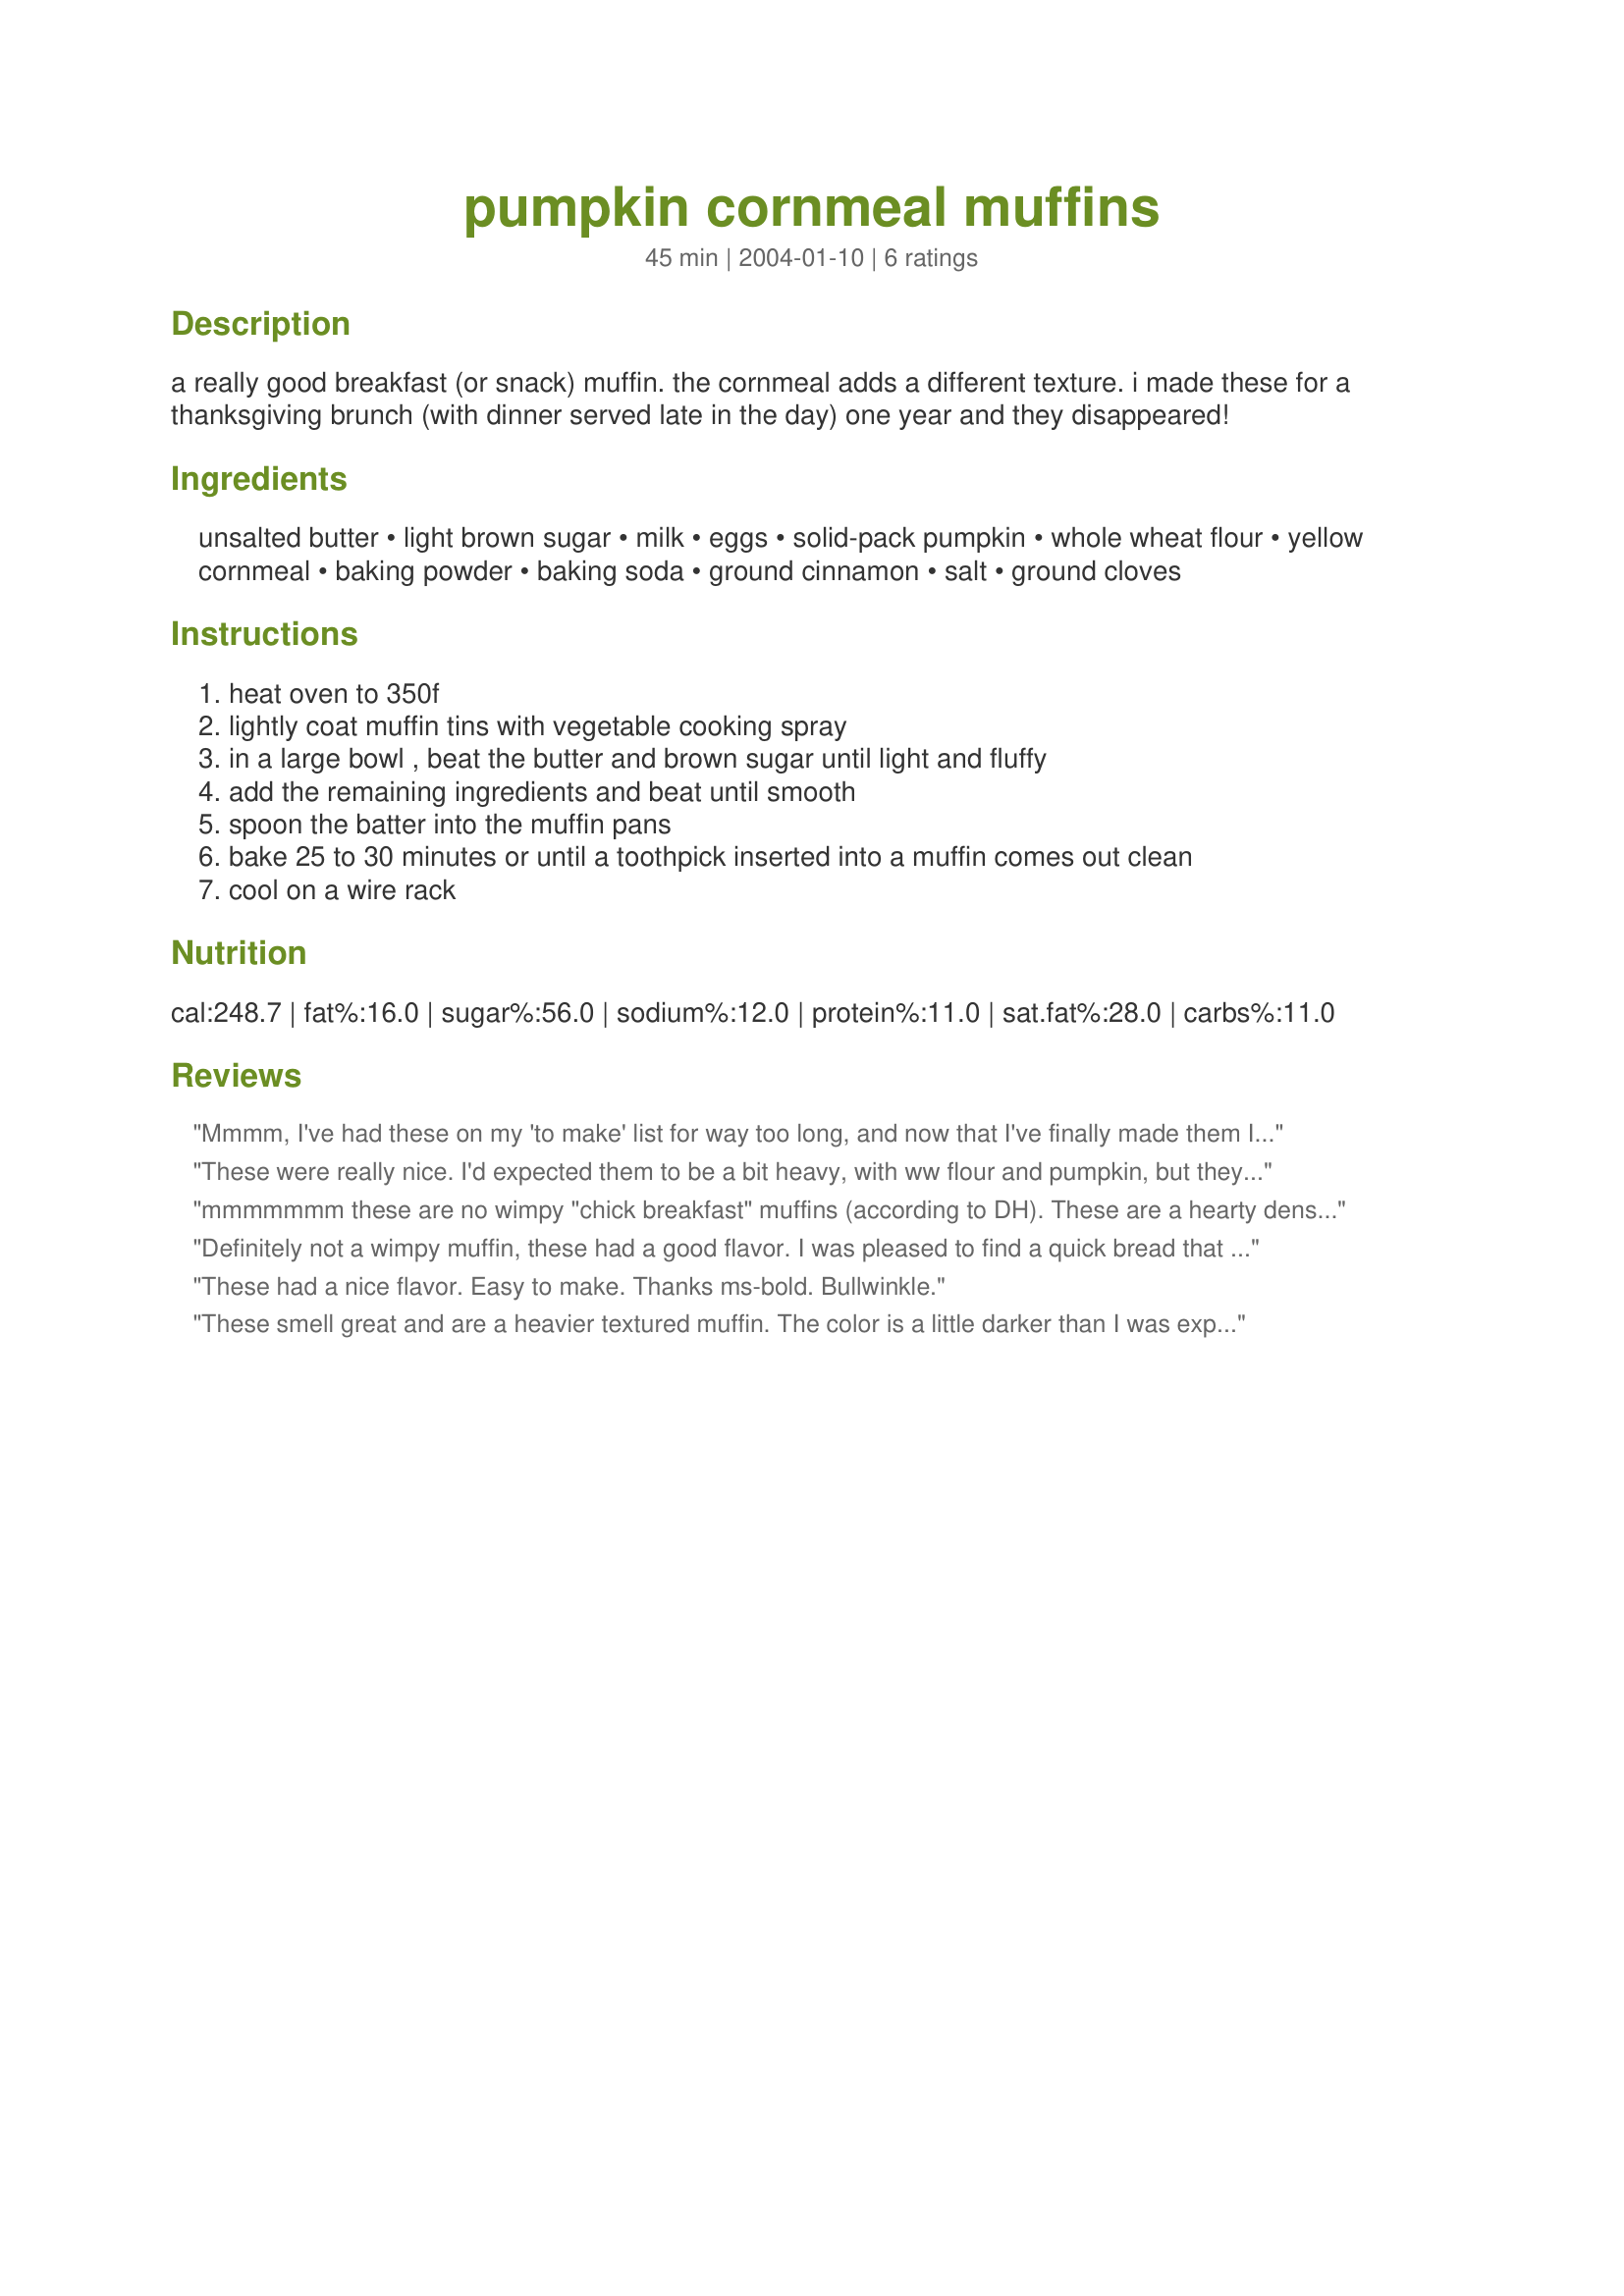
pumpkin cornmeal muffins
Preparation time: 45 minutes

a really good breakfast (or snack) muffin. the cornmeal adds a different texture. i made these for a thanksgiving brunch (with dinner served late in the day) one year and they disappeared!

Ingredients:
unsalted butter, light brown sugar, milk, eggs, solid-pack pumpkin, whole wheat flour, yellow cornmeal, baking powder, baking soda, ground cinnamon, salt, ground cloves

Steps:
heat oven to 350f
lightly coat muffin tins with vegetable cooking spray
in a large bowl , beat the butter and brown sugar until light and fluffy
add the remaining ingredients and beat until smooth
spoon the batter into the muffin pans
bake 25 to 30 minutes or until a toothpick inserted into a muffin comes out clean
cool on a wire rack

Reviews:
Mmmm, I've had these on my 'to make' list for way too long, and now that I've finally made them I'm kicking myself for not having done it before. They are dense and moist (I had no trouble with crumbling) and with a texture that reminded me of semolina. One bite I thought of them as sweet while the next bite I thought of them as savory; they would work equally well for breakfast or with a hearty soup for a simple dinner. I was out of ww flour so used white with no problems (and they did turn out much more of a pumpkin orange color than perhaps other reviewers found). They were great plain, with butter, or with honey or cinnamon sugar (my favorite). The kids went through the batch hand over fist and asked for more, lol. I think next time I might try using buttermilk as I love cornbread made with buttermilk; they seem to compliment each other well.
These were really nice. I'd expected them to be a bit heavy, with ww flour and pumpkin, but they were moist and tender - not the least bit dense. Nice balance of sweet and savory. Thanks for sharing!
mmmmmmm these are no wimpy "chick breakfast" muffins (according to DH). These are a hearty dense muffin that make a great breakfast. We used 2 tsp pumpkin pie spice instead of cinnamon and cloves. Great flavor, and the aroma is fabulous....
Definitely not a wimpy muffin, these had a good flavor. I was pleased to find a quick bread that I could make as-is without having to figure out how much whole wheat flour I can sub for the white, as this is already wholegrain. A bit crumbly, but I liked them nonetheless. Thank you.
These had a nice flavor. Easy to make.

Thanks ms-bold.

Bullwinkle.
These smell great and are a heavier textured muffin. The color is a little darker than I was expecting. I thought they would be a orangey/ yellow with the pumpkin & cornmeal. I ended up with 18 muffins after filling the tins 2/3's full. Thanks for sharing your recipe.
